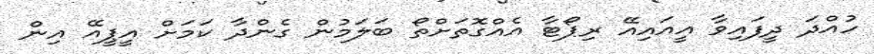
ހުއްދަ ދީފައިވާ އީއައިއޭ ރިޕޯޓާ އެއްގޮތަށްތޯ ބަލަމުން ގެންދާ ކަމަށް އީޕީއޭ އިން